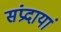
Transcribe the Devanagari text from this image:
संप्रदायां